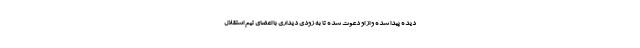
دیده پیدا شده و از او دعوت شده تا به زودی دیداری با اعضای تیم استقلال